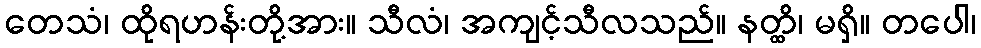
တေသံ၊ ထိုရဟန်းတို့အား။ သီလံ၊ အကျင့်သီလသည်။ နတ္ထိ၊ မရှိ။ တပေါ၊